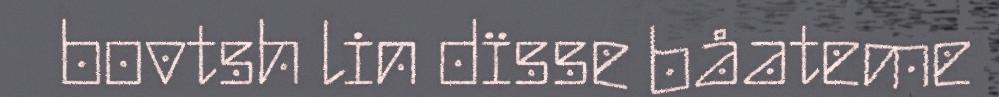
bovtsh lin dïsse båateme